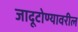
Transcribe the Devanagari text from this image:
जादूटोण्यावरील